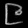
Digit: ၉